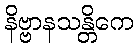
နိဗ္ဗာနသန္တိကေ